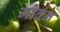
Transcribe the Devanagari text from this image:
मोदन